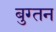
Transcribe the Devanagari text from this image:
बुग्तन